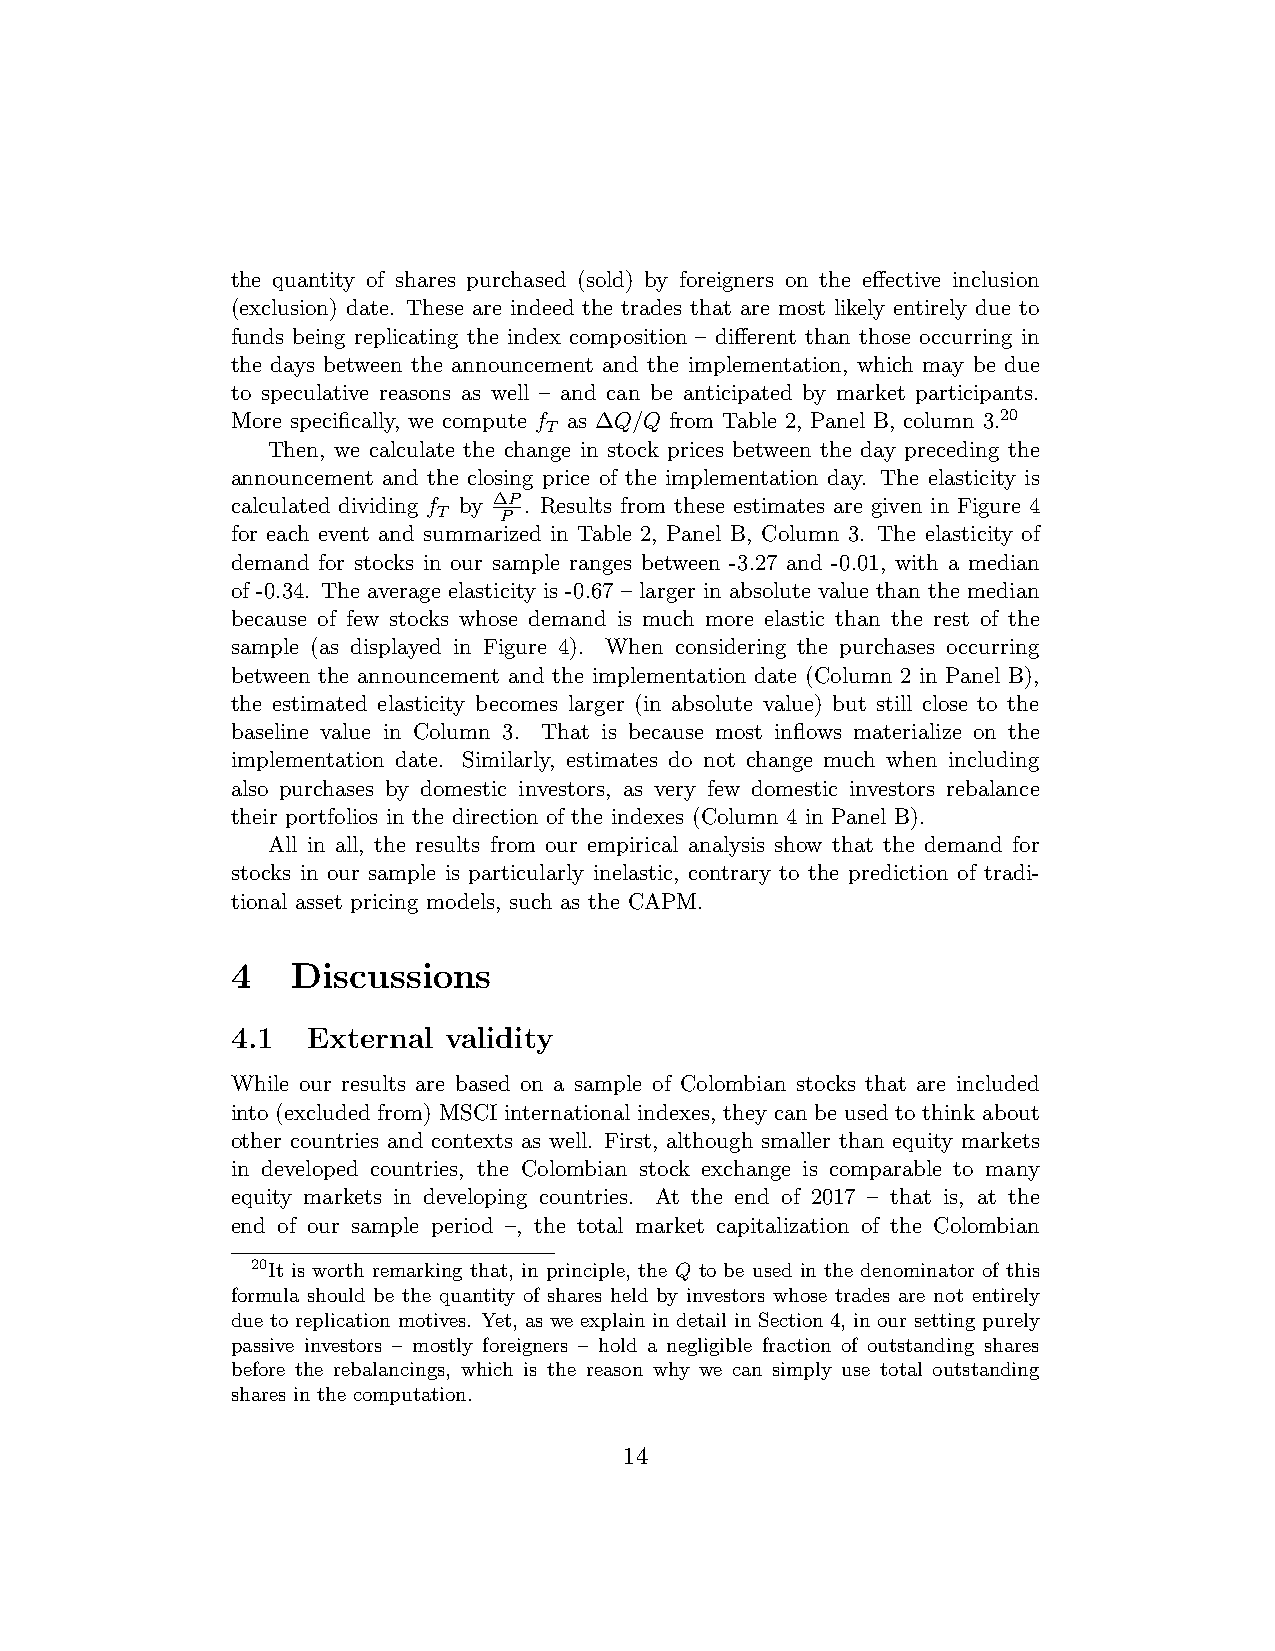
the quantity of shares purchased (sold) by foreigners on the effective inclusion
 (exclusion) date. These are indeed the trades that are most likely entirely due to
 funds being replicating the index composition – different than those occurring in
 the days between the announcement and the implementation, which may be due
 to speculative reasons as well – and can be anticipated by market participants.
 More specifically, we compute f as ∆Q/Q from Table 2, Panel B, column 3.20
 T
 Then, we calculate the change in stock prices between the day preceding the
 announcement and the closing price of the implementation day. The elasticity is
 calculated dividing f by ∆P. Results from these estimates are given in Figure 4
 T   P
 for each event and summarized in Table 2, Panel B, Column 3. The elasticity of
 demand for stocks in our sample ranges between -3.27 and -0.01, with a median
 of -0.34. The average elasticity is -0.67 – larger in absolute value than the median
 because of few stocks whose demand is much more elastic than the rest of the
 sample (as displayed in Figure 4). When considering the purchases occurring
 between the announcement and the implementation date (Column 2 in Panel B),
 the estimated elasticity becomes larger (in absolute value) but still close to the
 baseline value in Column 3. That is because most inflows materialize on the
 implementation date. Similarly, estimates do not change much when including
 also purchases by domestic investors, as very few domestic investors rebalance
 their portfolios in the direction of the indexes (Column 4 in Panel B).
 All in all, the results from our empirical analysis show that the demand for
 stocks in our sample is particularly inelastic, contrary to the prediction of tradi-
 tional asset pricing models, such as the CAPM.
 4   Discussions
 4.1  External validity
 While our results are based on a sample of Colombian stocks that are included
 into (excluded from) MSCI international indexes, they can be used to think about
 other countries and contexts as well. First, although smaller than equity markets
 in developed countries, the Colombian stock exchange is comparable to many
 equity markets in developing countries. At the end of 2017 – that is, at the
 end of our sample period –, the total market capitalization of the Colombian
 20It is worth remarking that, in principle, the Q to be used in the denominator of this
 formula should be the quantity of shares held by investors whose trades are not entirely
 due to replication motives. Yet, as we explain in detail in Section 4, in our setting purely
 passive investors – mostly foreigners – hold a negligible fraction of outstanding shares
 before the rebalancings, which is the reason why we can simply use total outstanding
 shares in the computation.
 14